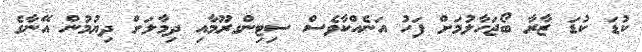
ކުޑަ ކުޑަ ޒާރާ ބޯޖަހާލުމަށް ފަހު އަނެއްކާވެސް ސިޓިންގރޫމާއި ދިމާލަށް ދިޔުމުން އޭނާގެ